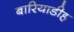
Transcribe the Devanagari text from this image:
बारियाडीह